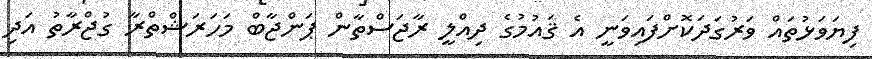
ފިޔަވަޅުތައް ވަރުގަދަކޮށްފައިވަނީ އެ ޤައުމުގެ ދިއްލީ ރާޖަސްތާން ޕަންޖާބް މަހަރަޝްތްރާ ގުޖްރާތު އަދި